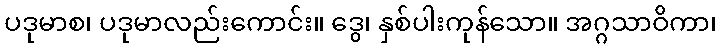
ပဒုမာစ၊ ပဒုမာလည်းကောင်း။ ဒွေ၊ နှစ်ပါးကုန်သော။ အဂ္ဂသာဝိကာ၊